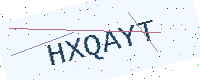
Text: HXQAYT